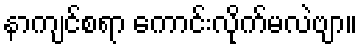
နာကျင်စရာ ကောင်းလိုက်မလဲဗျာ။